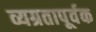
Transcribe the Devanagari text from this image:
व्यग्रतापूर्वक